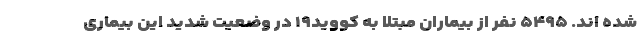
شده اند. ۵۴۹۵ نفر از بیماران مبتلا به کووید۱۹ در وضعیت شدید این بیماری